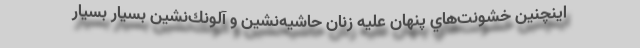
اينچنين خشونت‌هاي پنهان عليه زنان حاشيه‌نشين و آلونك‌نشين بسيار بسيار